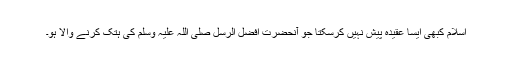
اسلام کبھی ایسا عقیدہ پیش نہیں کرسکتا جو آنحضرت افضل الرسل صلی اللہ علیہ وسلم کی ہتک کرنے والا ہو۔